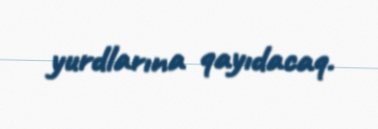
yurdlarına qayıdacaq.